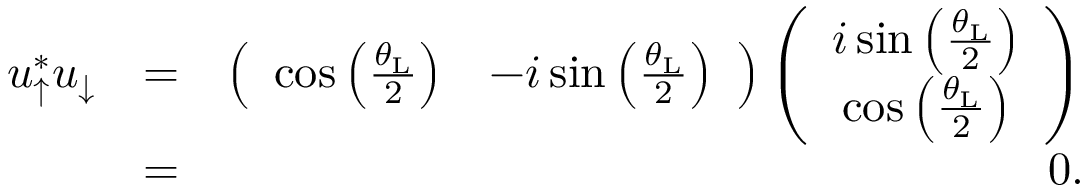
\begin{array} { r l r } { u _ { \uparrow } ^ { * } u _ { \downarrow } } & { = } & { \left( \begin{array} { c c } { \cos \left( \frac { \theta _ { \mathrm { L } } } { 2 } \right) } & { - i \sin \left( \frac { \theta _ { \mathrm { L } } } { 2 } \right) } \end{array} \right) \left( \begin{array} { c c } { i \sin \left( \frac { \theta _ { \mathrm { L } } } { 2 } \right) } \\ { \cos \left( \frac { \theta _ { \mathrm { L } } } { 2 } \right) } \end{array} \right) } \\ & { = } & { 0 . } \end{array}